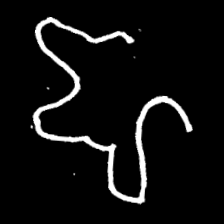
Pyu character \u2014 Myanmar letter: ဈ (romanized: jha)